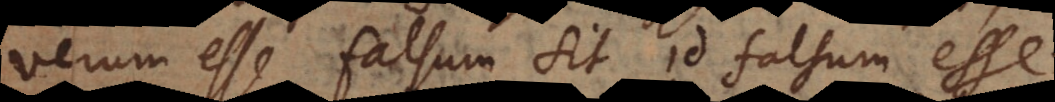
verum esse falsum sit id falsum ess